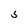
Character: S